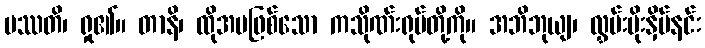
ပဿတိ၊ ရှု၏။ တာနိ၊ ထိုအပဖြစ်သော ကသိုဏ်းရုပ်တို့ကို။ အဘိဘုယျ၊ လွှမ်းမိုးနှိမ်နင်း